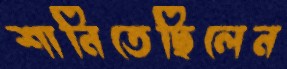
শানিতেছিলেন